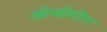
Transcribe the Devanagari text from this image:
ओन्योगोंग